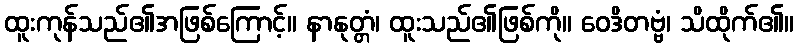
ထူးကုန်သည်၏အဖြစ်ကြောင့်။ နာနုတ္တံ၊ ထူးသည်၏ဖြစ်ကို။ ဝေဒိတဗ္ဗံ၊ သိထိုက်၏။